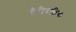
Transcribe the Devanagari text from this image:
बोरीवलीचा